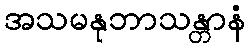
အသမနုဘာသန္တာနံ